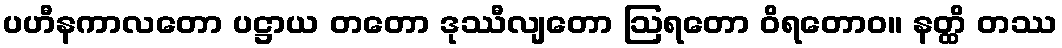
ပဟီနကာလတော ပဋ္ဌာယ တတော ဒုဿီလျတော ဩရတော ဝိရတောဝ။ နတ္ထိ တဿ